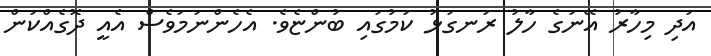
އަދި މިހާރު އޭނަގެ ހާލު ރަނގަޅު ކަމުގައި ބުންޏެވެ. އެހެންނަމަވެސް އެއީ ދޮގެއްކަން